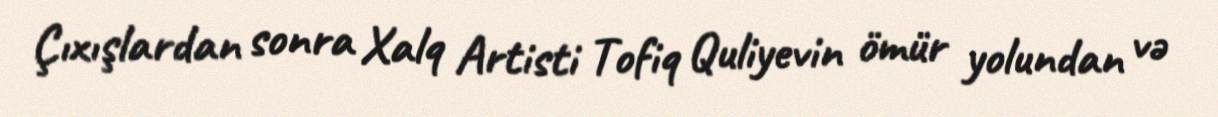
Çıxışlardan sonra Xalq Artisti Tofiq Quliyevin ömür yolundan və